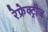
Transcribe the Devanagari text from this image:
रेफ्रेक्ट्रीज